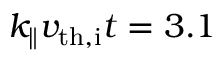
k _ { \parallel } v _ { \mathrm { t h , i } } t = 3 . 1